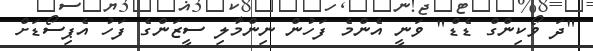
"ދަ ވޯކިންގް ޑެޑް" ވަނީ އެންމެ ފަހުން ނިންމާލި ސީޒަންގެ ފަހު އެޕިސޯޑަށް